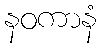
နဝကာနံ